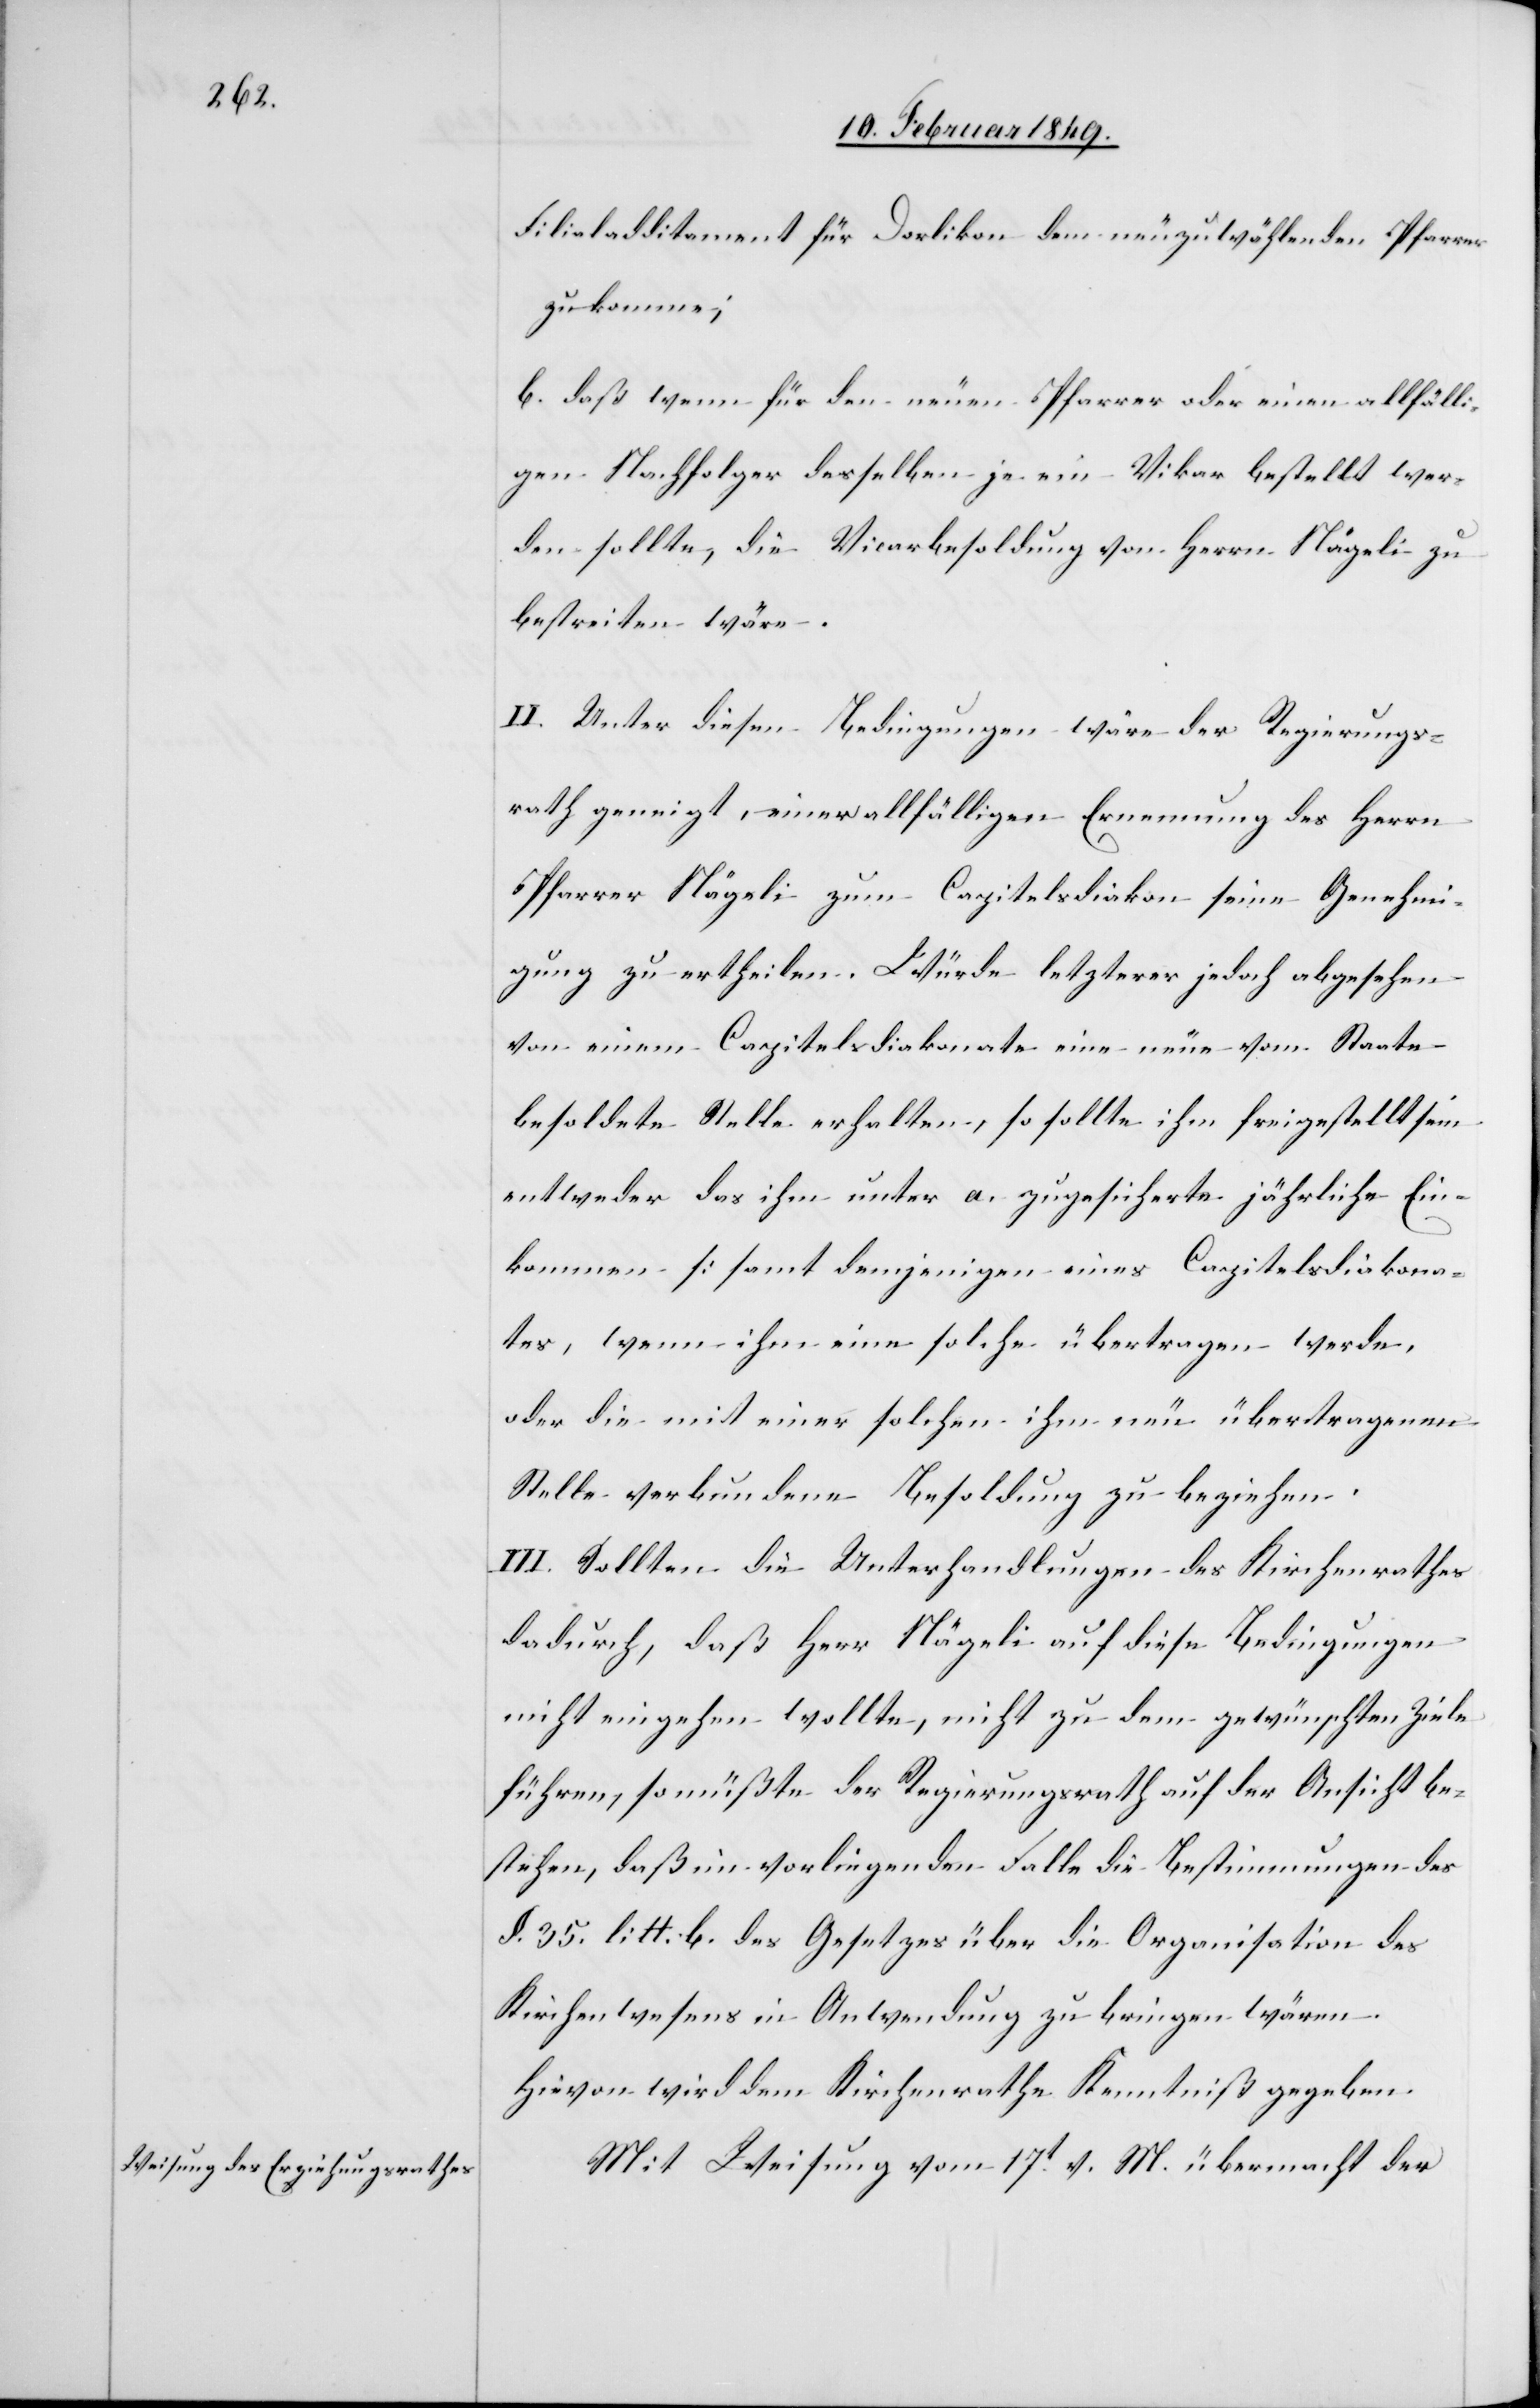
Filialadditament für Dorlikon dem neuzuwählenden Pfarrer
zukomme;
b. daß wenn für den neuen Pfarrer oder einen allfälli¬
gen Nachfolger desselben je ein Vikar bestellt wer¬
den sollte, die Vicarbesoldung von Herrn Nägeli zu
bestreiten wäre.
II. Unter diesen Bedingungen wäre der Regierungs¬
rath geneigt, einer allfälligen Ernennung des Herrn
Pfarrer Nägeli zum Capitelsdiakon seine Genehmi¬
gung zu ertheilen. Würde letzterer jedoch abgesehen
von einem Capitelsdiakonate eine neue vom Staate
besoldete Stelle erhalten, so sollte ihm freigestellt sein
entweder das ihm unter a. zugesicherte jährliche Ein¬
kommen [samt demjenigen eines Capitelsdiakona¬
tes, wenn ihm eine solche [sic!] übertragen werde,[]]
oder die mit einer solchen ihm neu übertragenen
Stelle verbundene Besoldung zu beziehen.
III. Sollten die Unterhandlungen des Kirchenrathes
dadurch, daß Herr Nägeli auf diese Bedingungen
nicht eingehen wollte, nicht zu dem gewünschten Ziele
führen, so müßte der Regierungsrath auf der Ansicht be¬
stehen, daß im vorliegenden Falle die Bestimmungen des
§. 35. litt. b. des Gesetzes über die Organisation des
Kirchenwesens in Anwendung zu bringen wären.
Hievon wird dem Kirchenrathe Kenntniß gegeben.
Mit Weisung vom 17t. v. M. übermacht der